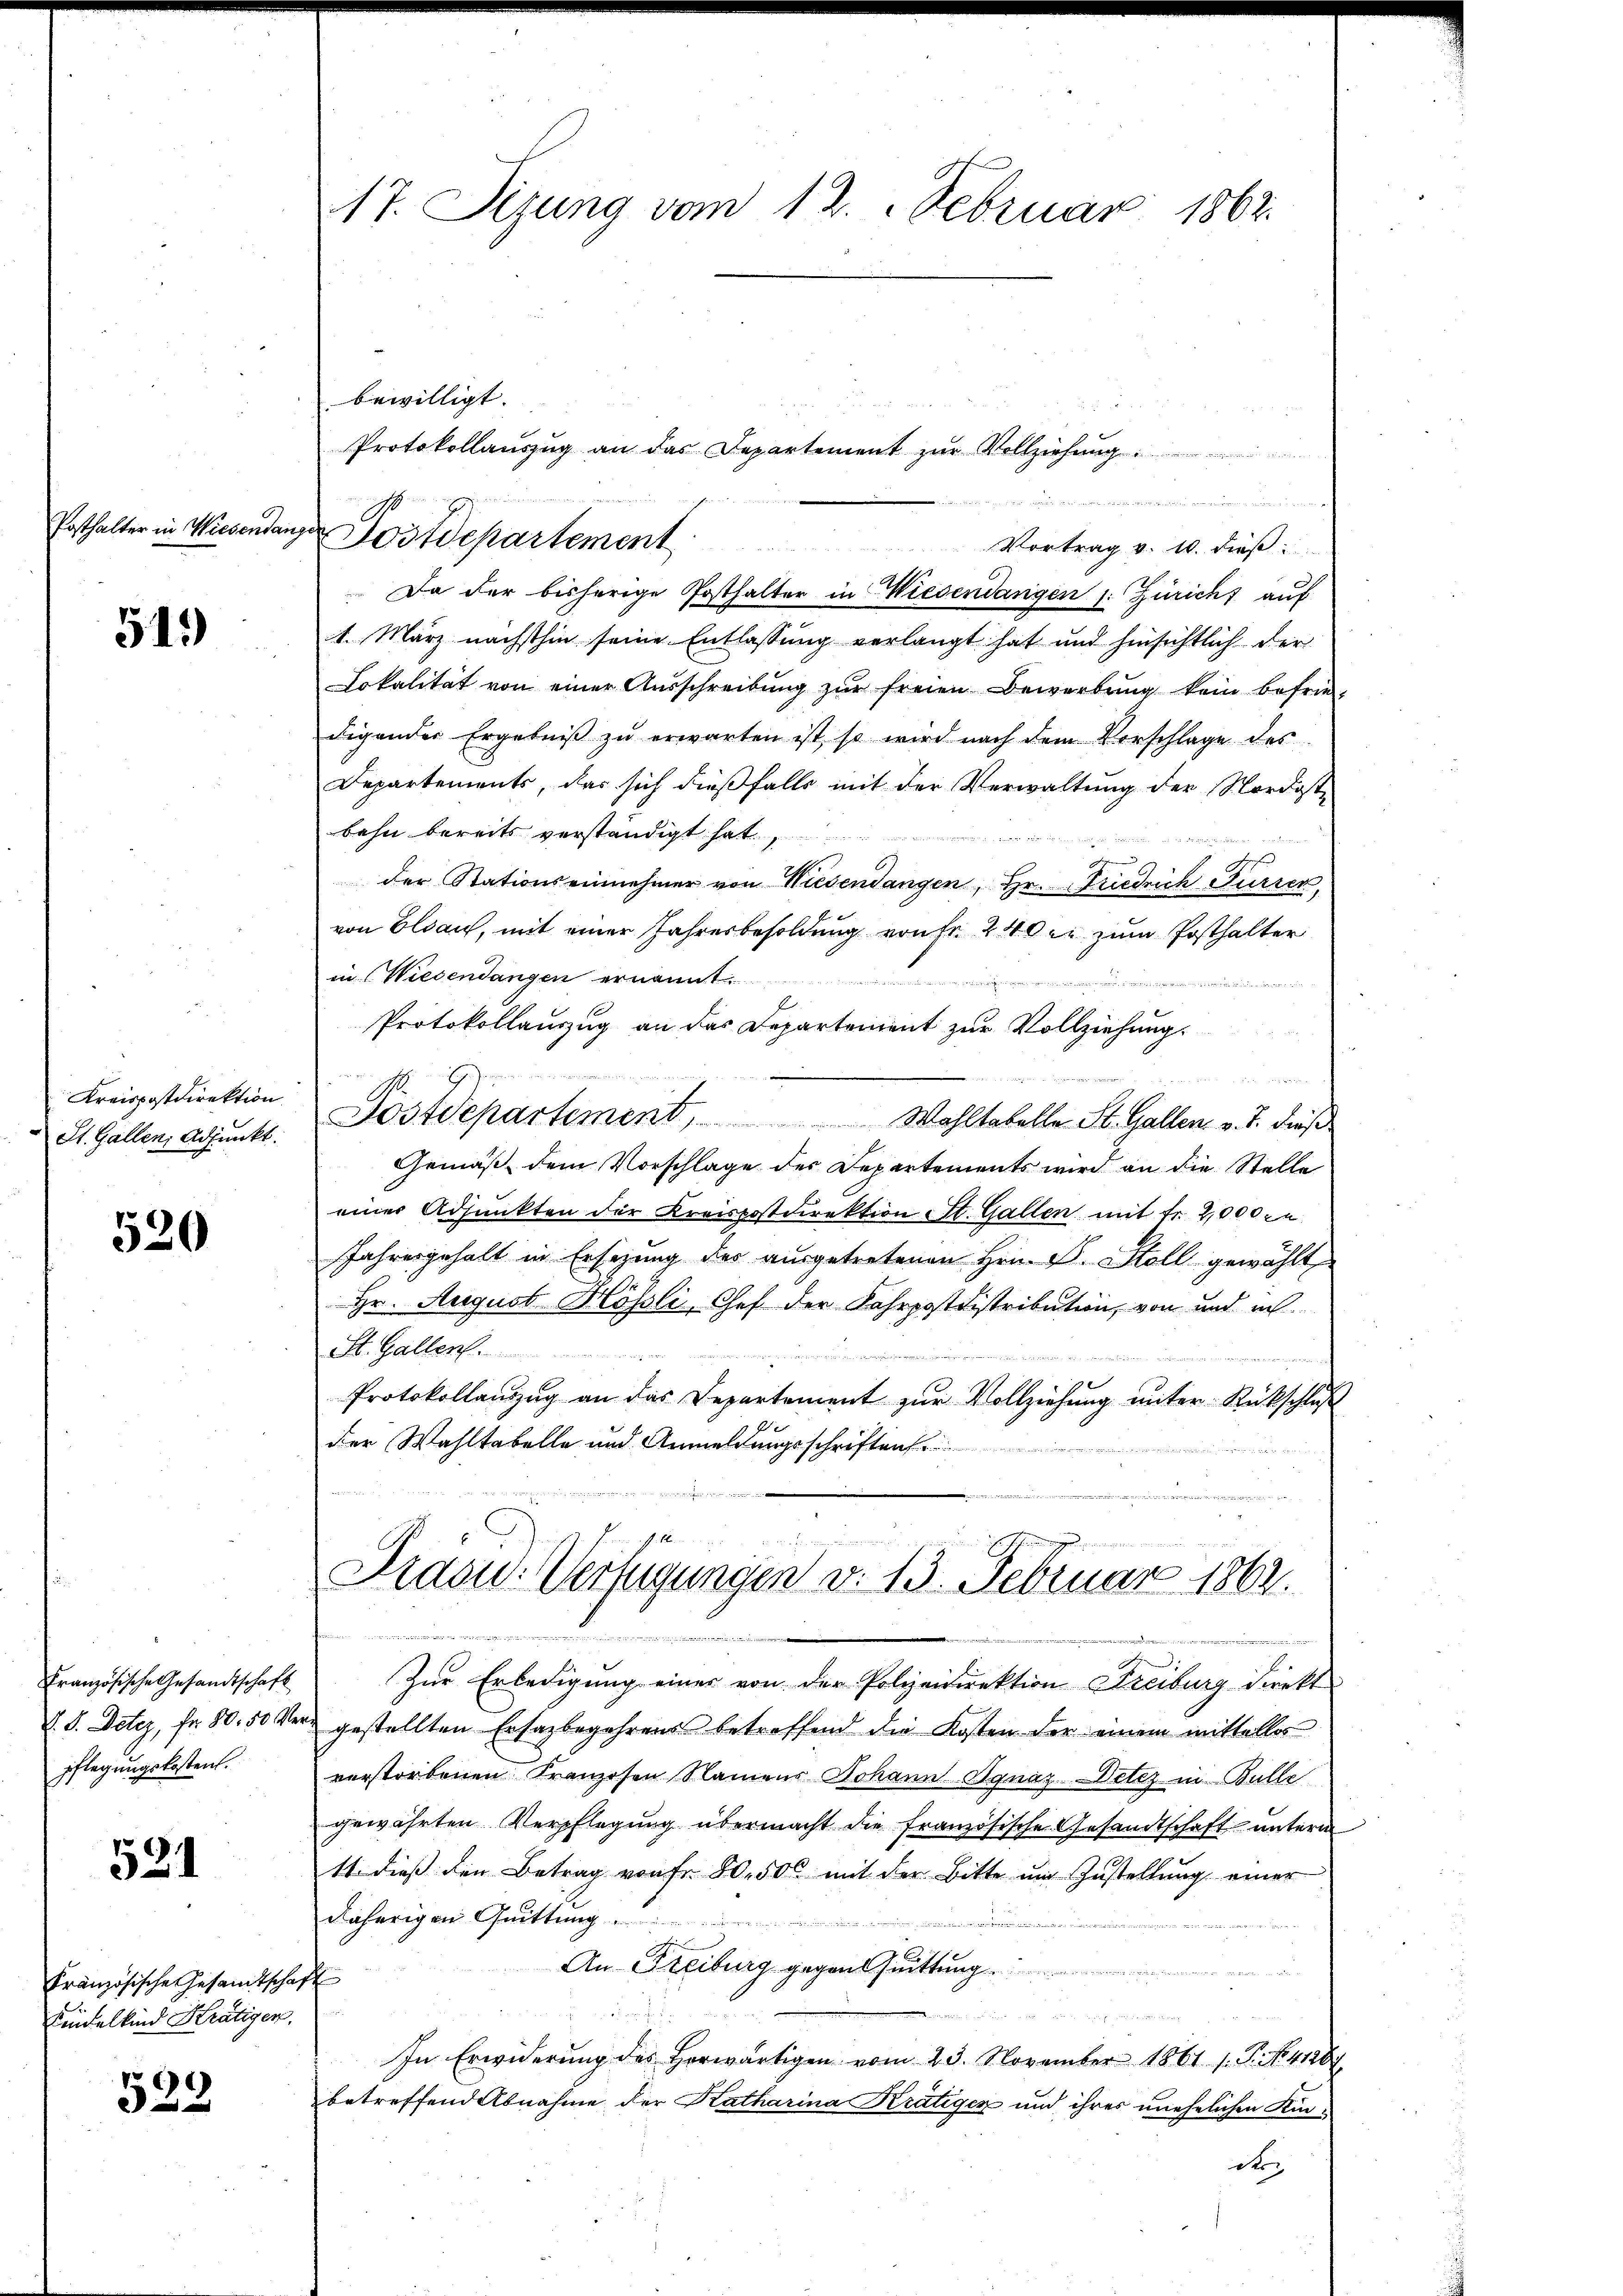
Posthalter in Wiesendangen

519)

St. Gallen, Adjunkt.

520

pflegungskostent.

521

Französische Gesamtschaft
Kindelkind Krätigen,

522

17. Sizung vom 12. Februar 1862.

bewilligt.
Vortrag v. 10. dieß
 Da der bisherige Posthalter in Wiesendangen s. Züricht auf
1. März nächsthin seine Entlassung verlangt hat und hinsichtlich der
Lokalität von einer Aŭsschreibŭng zŭr freien Bewerbŭng kein befrie
digender Ergebniβ zŭ erwarten ist, so wird nach dem Vorschlage des
Departements, das sich dießfalls mit der Verwaltung der Nordost-
bahn bereits verständigt hat
 e
der Stationseinnehmer von Wiesendangen, Hr. Friedrich Furrer,
von Elsau, mit einer Jahresbesoldung von fr. 240 er zum Posthalter
in (Wiesendangen ernannt.

Protokollauszug an das Departement zur Vollziehung.
Kreispostdirektion Postdepartement, Wohltabelle St. Gallen. v. J. dieß
Gemäß dem Vorschlage der Departements wird an die Stelle
einer Adjunkten der Kreispostdirektion St. Gallen mit fr. 2,000. u
Jahresgehalt in Ersezung des ausgetretenen Hrn. F. Stoll gewählt
Hr. August Hösli, Chef der Fahrpostdistribution, von und ich
St. Gallen

u
e
Protokollauszug an das Departement zur Vollziehung unter Rückschluß
der Wahltabelle und Anmeldungsschriften
e
E
Prasid. Verfügungen v. 13. Februar 1862.
denden
Französische Gesandtschaft zŭr Erledigŭng einer von der Polizeidirektion Freiburg direkt
§. 5. Detez, fr. 80. 50 vers gestellten Ersagbegehrens betreffend die Kosten der einem mittellos
verstorbenen Franzosen Namens Johann Ignaz Detez in Bulle
gewährten Verpflegŭng übermacht die französische Gesandtschaft unterm
11. dieβ den Betrag von fr. 80. 500 mit der Bitte ŭm Zŭstellŭng einer
däherigen Quittung
.
An Freiburg gegen Quittung
nin veran
In Erwiderŭng des herwärtigen vom 23. November 1861. 1. P. No. 41284
betreffend Abnahme der Katharina Krätiger und ihres unehelichen Kinde

Postdepartement

Protokollauszug an das Departement zur Vollziehung

einen wenn e